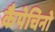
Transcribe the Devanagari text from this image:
कैपेचिनो